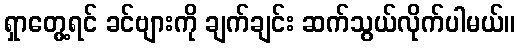
ရှာတွေ့ရင် ခင်ဗျားကို ချက်ချင်း ဆက်သွယ်လိုက်ပါမယ်။